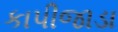
કાપીજાડા